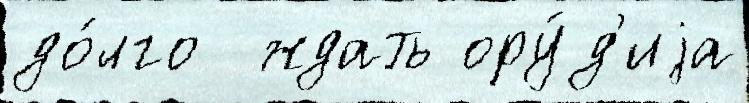
до́лго  ждать ору́д'иjа